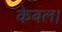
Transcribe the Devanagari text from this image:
केबल।